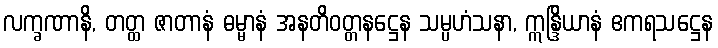
လက္ခဏာနိ, တတ္ထ ဇာတာနံ ဓမ္မာနံ အနတိဝတ္တနဋ္ဌေန သမ္ပဟံသနာ, ဣန္ဒြိယာနံ ဧကရသဋ္ဌေန